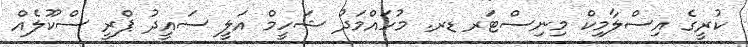
ކުރީގެ އިސްލާމިކް މިނިސްޓަރ ޑރ. މުހައްމަދު ޝަހީމް އަލީ ސައީދު ޕްރީ ސްކޫލެއް